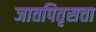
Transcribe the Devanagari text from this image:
जातपितृसत्ता